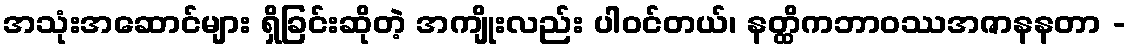
အသုံးအဆောင်များ ရှိခြင်းဆိုတဲ့ အကျိုးလည်း ပါဝင်တယ်၊ နတ္ထိကဘာဝဿအဇာနနတာ -